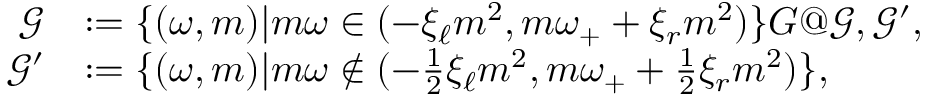
\begin{array} { r l } { \mathcal { G } } & { : = \{ ( \omega , m ) | m \omega \in ( - \xi _ { \ell } m ^ { 2 } , m \omega _ { + } + \xi _ { r } m ^ { 2 } ) \} \index { G @ \mathcal { G } , \mathcal { G } ^ { \prime } } , } \\ { \mathcal { G } ^ { \prime } } & { : = \{ ( \omega , m ) | m \omega \notin ( - \frac 1 2 \xi _ { \ell } m ^ { 2 } , m \omega _ { + } + \frac 1 2 \xi _ { r } m ^ { 2 } ) \} , } \end{array}